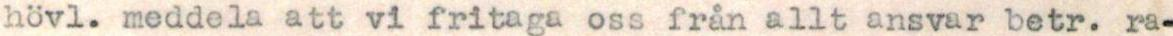
hövl. meddela att vi fritaga oss från allt ansvar betr. ra-